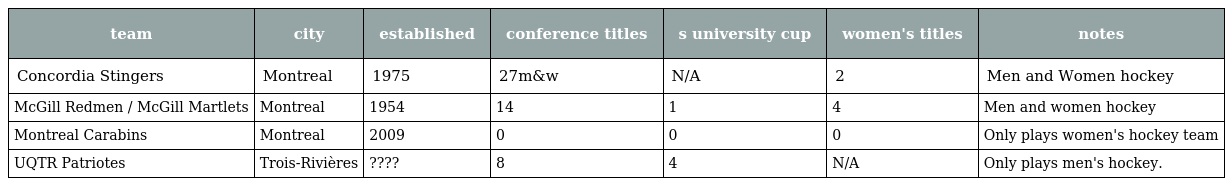
| team | city | established | conference titles | s university cup | women's titles | notes |
 | --- | --- | --- | --- | --- | --- | --- |
 | Concordia Stingers | Montreal | 1975 | 27m&w | N/A | 2 | Men and Women hockey |
 | McGill Redmen / McGill Martlets | Montreal | 1954 | 14 | 1 | 4 | Men and women hockey |
 | Montreal Carabins | Montreal | 2009 | 0 | 0 | 0 | Only plays women's hockey team |
 | UQTR Patriotes | Trois-Rivières | ???? | 8 | 4 | N/A | Only plays men's hockey. |